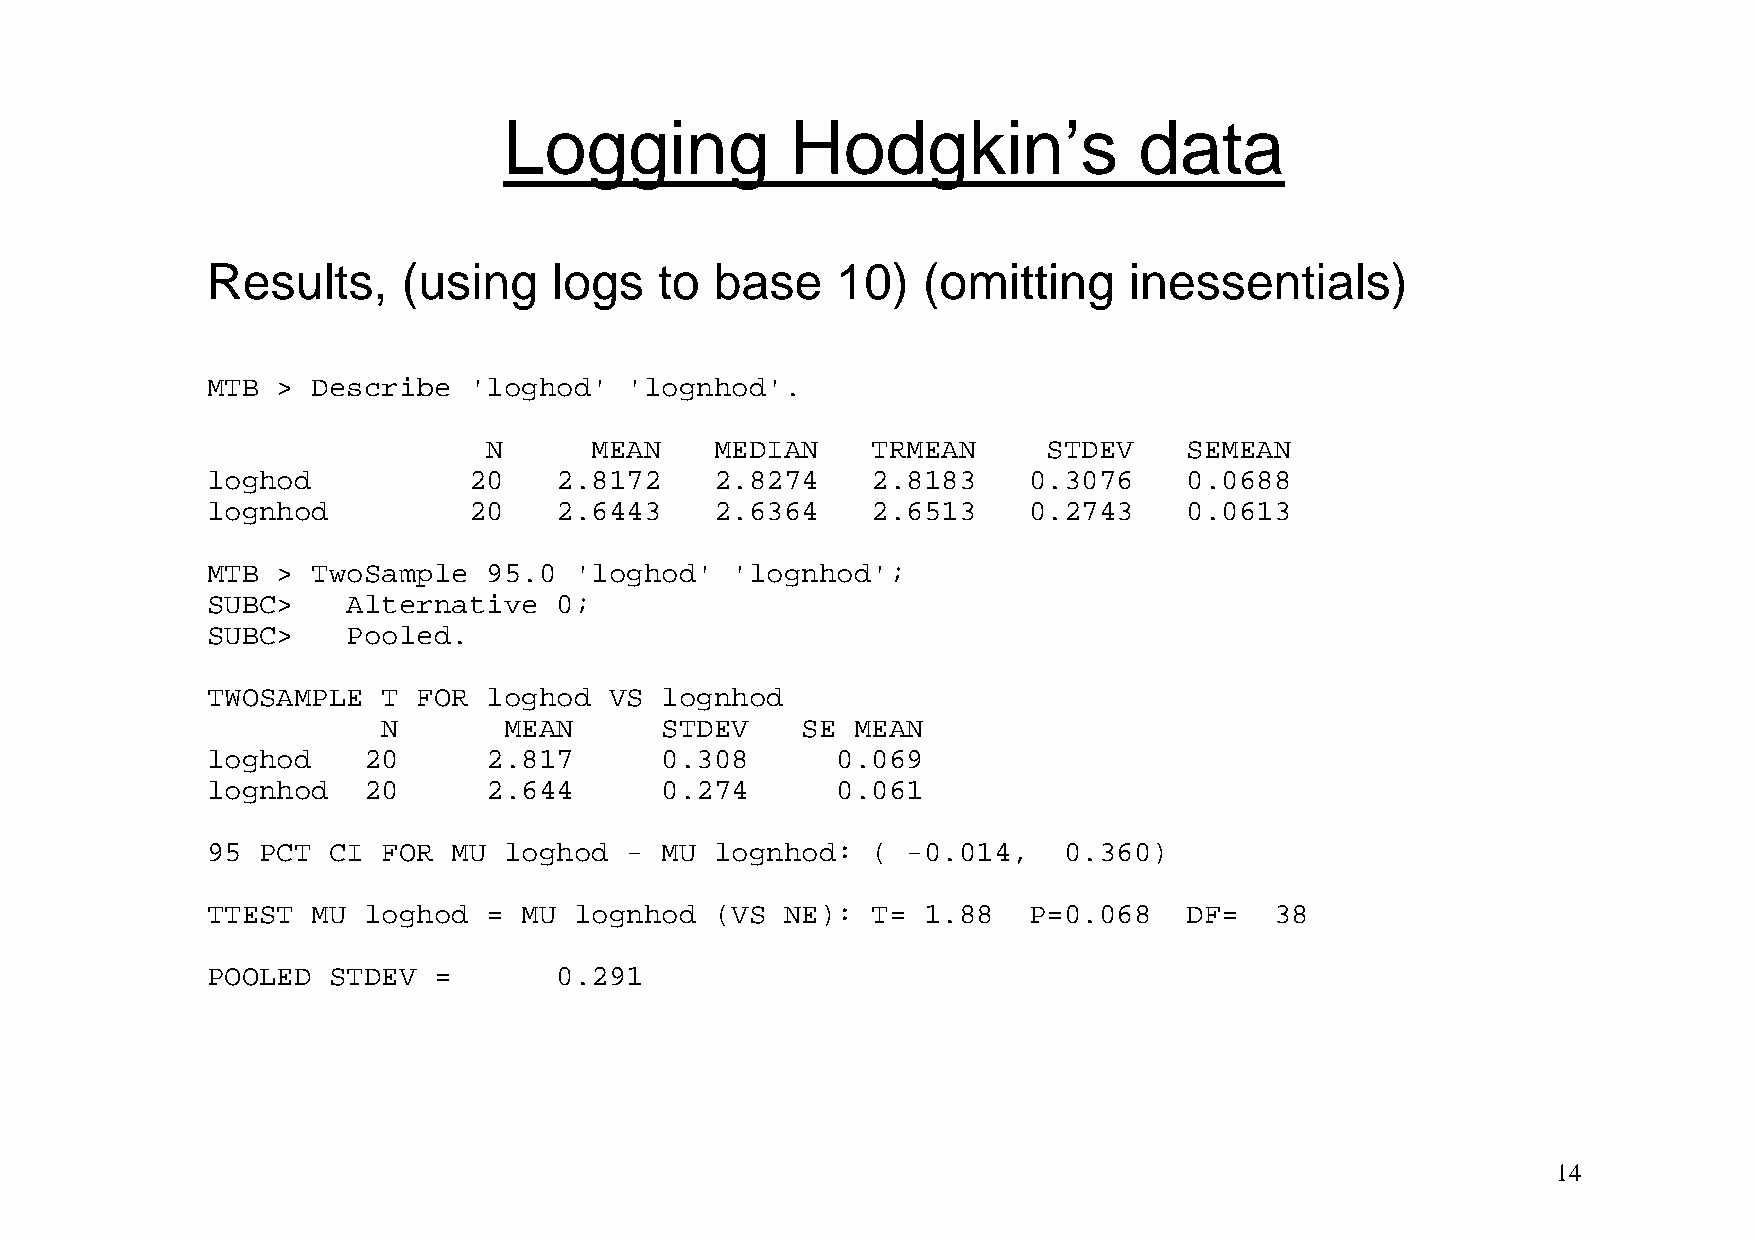
Logging            Hodgkin’s              data
 Results,     (using    logs   to base    10)   (omitting     inessentials)
 MTB >  Describe  'loghod'  'lognhod'.
 N      MEAN    MEDIAN     TRMEAN     STDEV     SEMEAN
 loghod           20    2.8172    2.8274     2.8183    0.3076     0.0688
 lognhod          20    2.6443    2.6364     2.6513    0.2743     0.0613
 MTB >  TwoSample  95.0  'loghod'  'lognhod';
 SUBC>    Alternative   0;
 SUBC>    Pooled.
 TWOSAMPLE  T  FOR loghod  VS  lognhod
 N       MEAN       STDEV    SE  MEAN
 loghod    20      2.817       0.308      0.069
 lognhod   20      2.644       0.274      0.061
 95 PCT  CI FOR  MU loghod  -  MU lognhod:   ( -0.014,   0.360)
 TTEST  MU loghod  =  MU lognhod  (VS  NE):  T= 1.88   P=0.068    DF=  38
 POOLED  STDEV  =       0.291
 14